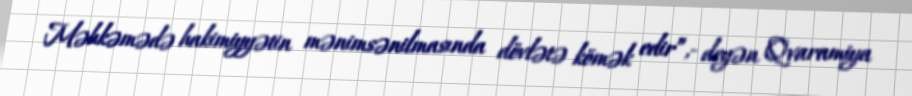
Məhkəmədə hakimiyyətin mənimsənilmasında dövlətə kömək edir”,- deyən Qvaramiya